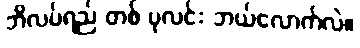
ဘိလပ်ရည် တစ် ပုလင်း ဘယ်လောက်လဲ။